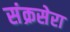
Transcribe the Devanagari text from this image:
संक्रसेरा